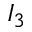
I _ { 3 }